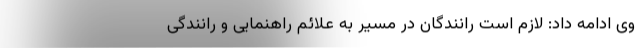
وی ادامه داد: لازم است رانندگان در مسیر به علائم راهنمایی و رانندگی